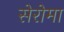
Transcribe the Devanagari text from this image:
सेरोमा